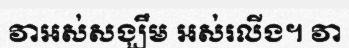
វាអស់សង្ឃឹម អស់រលីង។ វា